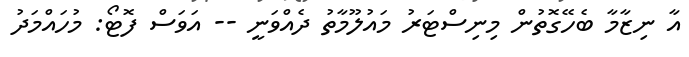
އާ ނިޒާމާ ބެހޭގޮތުން މިނިސްޓަރު މައުލޫމާތު ދެއްވަނީ -- އަވަސް ފޮޓޯ: މުހައްމަދު